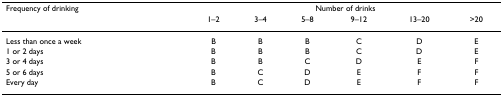
<table><thead><tr><td><b>Frequency of drinking</b></td><td colspan="6"><b>Number of drinks</b></td></tr><tr><td></td><td><b>1–2</b></td><td><b>3–4</b></td><td><b>5–8</b></td><td><b>9–12</b></td><td><b>13–20</b></td><td><b>&gt;20</b></td></tr></thead><tbody><tr><td>Less than once a week</td><td>B</td><td>B</td><td>B</td><td>C</td><td>D</td><td>E</td></tr><tr><td>1 or 2 days</td><td>B</td><td>B</td><td>B</td><td>C</td><td>D</td><td>E</td></tr><tr><td>3 or 4 days</td><td>B</td><td>B</td><td>C</td><td>D</td><td>E</td><td>F</td></tr><tr><td>5 or 6 days</td><td>B</td><td>C</td><td>D</td><td>E</td><td>F</td><td>F</td></tr><tr><td>Every day</td><td>B</td><td>C</td><td>D</td><td>E</td><td>F</td><td>F</td></tr></tbody></table>